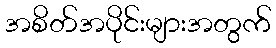
အစိတ်အပိုင်းများအတွက်